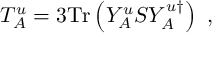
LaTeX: T _ { A } ^ { u } = 3 \mathrm { T r } \left( Y _ { A } ^ { u } S Y _ { A } ^ { u \dagger } \right) \ ,